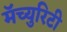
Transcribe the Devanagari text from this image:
मॅच्युरिटी